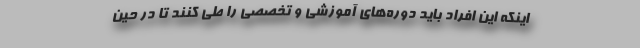
اینکه این افراد باید دوره‌های آموزشی و تخصصی را طی کنند تا در حین